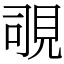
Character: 覗